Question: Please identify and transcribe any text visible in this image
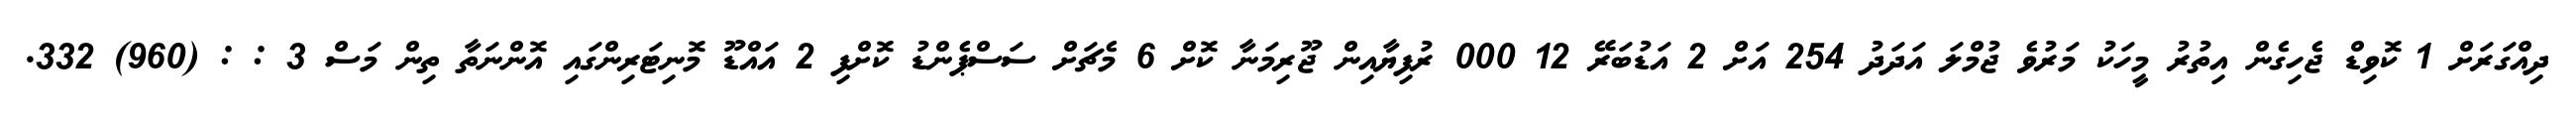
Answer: ދިއްގަރަށް 1 ކޮވިޑް ޖެހިގެން އިތުރު މީހަކު މަރުވެ ޖުމްލަ އަދަދު 254 އަށް 2 އަޑުބަރޭ 12 000 ރުފިޔާއިން ޖޫރިމަނާ ކޮށް 6 މެޗަށް ސަސްޕެންޑު ކޮށްފި 2 އައްޑޫ މޮނިޓަރިންގައި އޮންނަތާ ތިން މަސް 3 : : (960) 332.